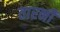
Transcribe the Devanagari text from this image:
तारनी